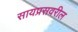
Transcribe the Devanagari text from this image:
सायप्रसवरील